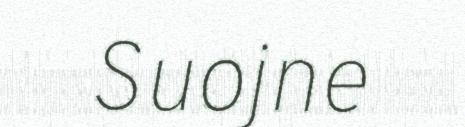
Suojne